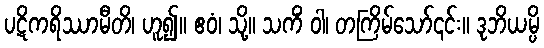
ပဋိကရိဿာမီတိ၊ ဟူ၍။ ဧဝံ၊ သို့။ သကိံ ဝါ၊ တကြိမ်သော်၎င်း။ ဒုဘိယမ္ပိ